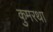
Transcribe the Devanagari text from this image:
कुमरथा